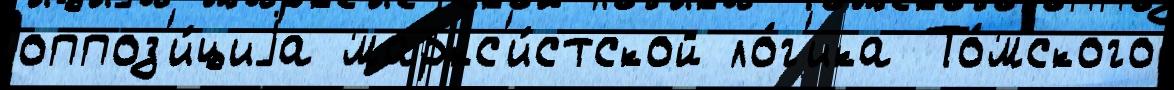
оппоз'и́циjа маркс'и́стской ло́г'ика То́мского